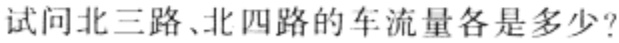
试问北三路、北四路的车流量各是多少？